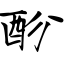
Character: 酚